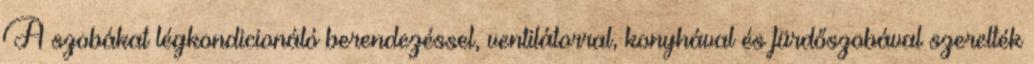
A szobákat légkondicionáló berendezéssel, ventilátorral, konyhával és fürdőszobával szerelték